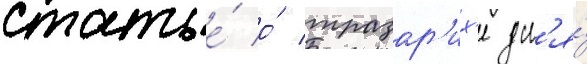
статье́ о́ тразар'их'е дл'я́